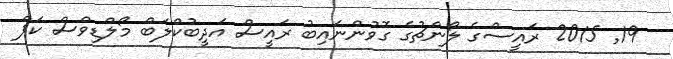
19